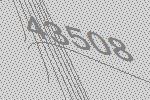
43508